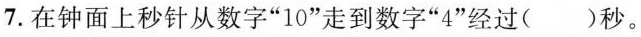
7.在钟面上秒针从数字”10”走到数字”4”经过( )秒。